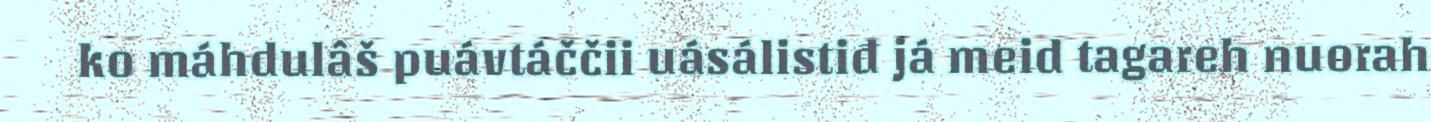
ko máhdulâš puávtáččii uásálistiđ já meid tagareh nuorah